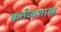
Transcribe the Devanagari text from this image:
कर्त्तव्यशास्त्र